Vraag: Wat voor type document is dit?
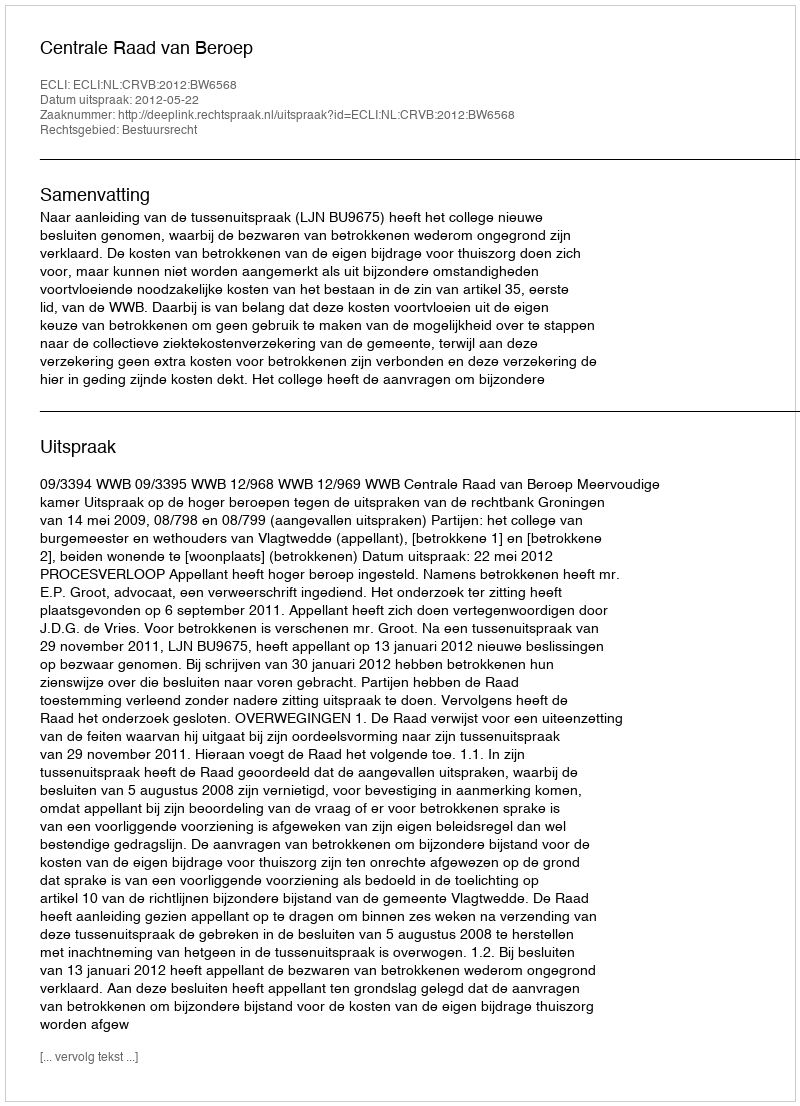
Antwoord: Uitspraak